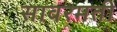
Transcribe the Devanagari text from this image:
सावरमती